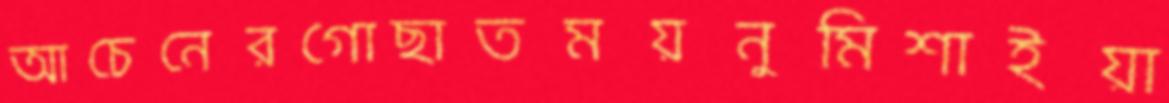
আচেনেরগোছাতময়নুমিশাইয়া